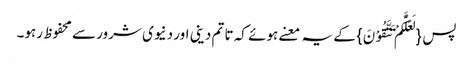
پس {لَعَلَّکُمْ تَتَّقُوْنَ}کے یہ معنے ہوئے کہ تا تم دینی اور دنیوی شرور سے محفوظ رہو۔